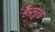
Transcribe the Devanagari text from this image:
हैप्रमुख